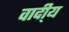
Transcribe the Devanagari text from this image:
वादी्य